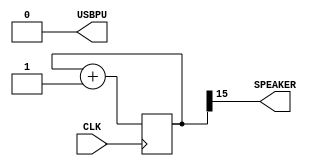
// look in pins.pcf for all the pin names on the TinyFPGA BX board
module music (
    input CLK,    // 16MHz clock
    output USBPU,  // USB pull-up resistor
    output SPEAKER   // use beep, // output PIN_1
);
    // drive USB pull-up resistor to '0' to disable USB
    assign USBPU = 0;

    // first create a 16bit binary counter
    reg[15:0] counter;
    always @(posedge CLK) begin
        counter <= counter+1;
    end

    // tinyFPGA BX is 16MHz, so build 16MHz clocked 16bit free running counter
    // 16000000/65536 = 244Hz
    // and use the most significant bit(MSB) of the counter to drive the SPEAKER
    assign SPEAKER = counter[15];
endmodule